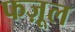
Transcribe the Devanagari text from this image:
फज़ूल